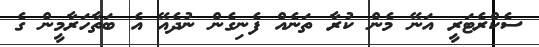
ސެކްރެޓަރީ އަނޭ މެން ކުރާ ތަނެއް ފެނިގެން ނުދެއޭ އެ ބަތާހަރާމީން ގެ